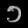
Digit: ၁